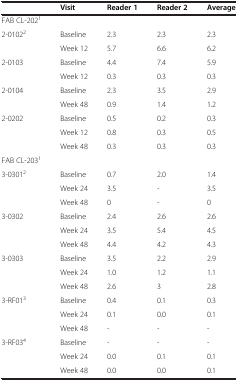
<table><thead><tr><td><b> </b></td><td><b>Visit</b></td><td><b>Reader 1</b></td><td><b>Reader 2</b></td><td><b>Average</b></td></tr></thead><tbody><tr><td>FAB CL-202<sup>1</sup></td><td> </td><td> </td><td> </td><td> </td></tr><tr><td>2-0102<sup>2</sup></td><td>Baseline</td><td>2.3</td><td>2.3</td><td>2.3</td></tr><tr><td> </td><td>Week 12</td><td>5.7</td><td>6.6</td><td>6.2</td></tr><tr><td>2-0103</td><td>Baseline</td><td>4.4</td><td>7.4</td><td>5.9</td></tr><tr><td> </td><td>Week 12</td><td>0.3</td><td>0.3</td><td>0.3</td></tr><tr><td>2-0104</td><td>Baseline</td><td>2.3</td><td>3.5</td><td>2.9</td></tr><tr><td> </td><td>Week 48</td><td>0.9</td><td>1.4</td><td>1.2</td></tr><tr><td>2-0202</td><td>Baseline</td><td>0.5</td><td>0.2</td><td>0.3</td></tr><tr><td> </td><td>Week 12</td><td>0.8</td><td>0.3</td><td>0.5</td></tr><tr><td> </td><td>Week 48</td><td>0.3</td><td>0.3</td><td>0.3</td></tr><tr><td>FAB CL-203<sup>1</sup></td><td> </td><td> </td><td> </td><td> </td></tr><tr><td>3-0301<sup>2</sup></td><td>Baseline</td><td>0.7</td><td>2.0</td><td>1.4</td></tr><tr><td> </td><td>Week 24</td><td>3.5</td><td>-</td><td>3.5</td></tr><tr><td> </td><td>Week 48</td><td>0</td><td>-</td><td>0</td></tr><tr><td>3-0302</td><td>Baseline</td><td>2.4</td><td>2.6</td><td>2.6</td></tr><tr><td> </td><td>Week 24</td><td>3.5</td><td>5.4</td><td>4.5</td></tr><tr><td> </td><td>Week 48</td><td>4.4</td><td>4.2</td><td>4.3</td></tr><tr><td>3-0303</td><td>Baseline</td><td>3.5</td><td>2.2</td><td>2.9</td></tr><tr><td> </td><td>Week 24</td><td>1.0</td><td>1.2</td><td>1.1</td></tr><tr><td> </td><td>Week 48</td><td>2.6</td><td>3</td><td>2.8</td></tr><tr><td>3-RF01<sup>3</sup></td><td>Baseline</td><td>0.4</td><td>0.1</td><td>0.3</td></tr><tr><td> </td><td>Week 24</td><td>0.1</td><td>0.0</td><td>0.1</td></tr><tr><td> </td><td>Week 48</td><td>-</td><td>-</td><td>-</td></tr><tr><td>3-RF03<sup>4</sup></td><td>Baseline</td><td>-</td><td>-</td><td>-</td></tr><tr><td> </td><td>Week 24</td><td>0.0</td><td>0.1</td><td>0.1</td></tr><tr><td> </td><td>Week 48</td><td>0.0</td><td>0.0</td><td>0.1</td></tr></tbody></table>